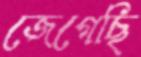
জেগেছি